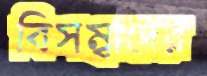
বিসম্বাদের